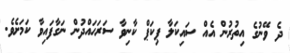
ދެ ވޭނުގެ އިތުރުން އެއް ސައިކަލާ ޕިކަޕް ކާނިވާ ސަރަހައްދުން ނަގާފައިވާ ކަމަށެވެ.